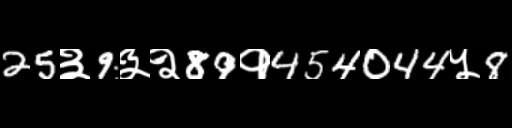
Text: 25३9३२89१454044५8